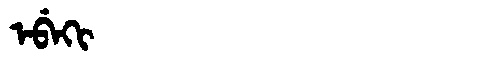
Manchu: ᡝᠪᡝᡴᡳ
Romanization: EBEKI